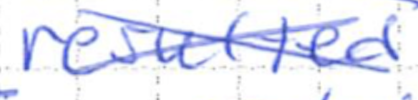
Text: resulted
Cross-out: cross
Writing tool: ballpoint